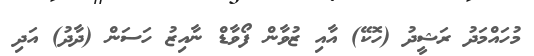
މުހައްމަދު ރަޝީދު (ހޮކޭ) އާއި ޒުވާން ފޯވާޑް ނާއިޒު ހަސަން (ދާދު) އަދި